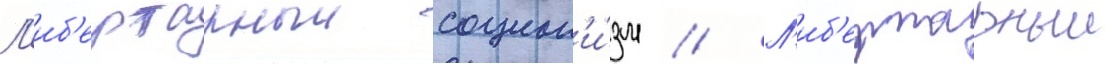
Л'иб'ертарныи социал'и́зм // Л'иб'ертарныи